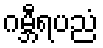
ဂမ္ဘီရပညံ